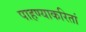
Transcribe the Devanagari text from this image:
पाहण्याकरितां